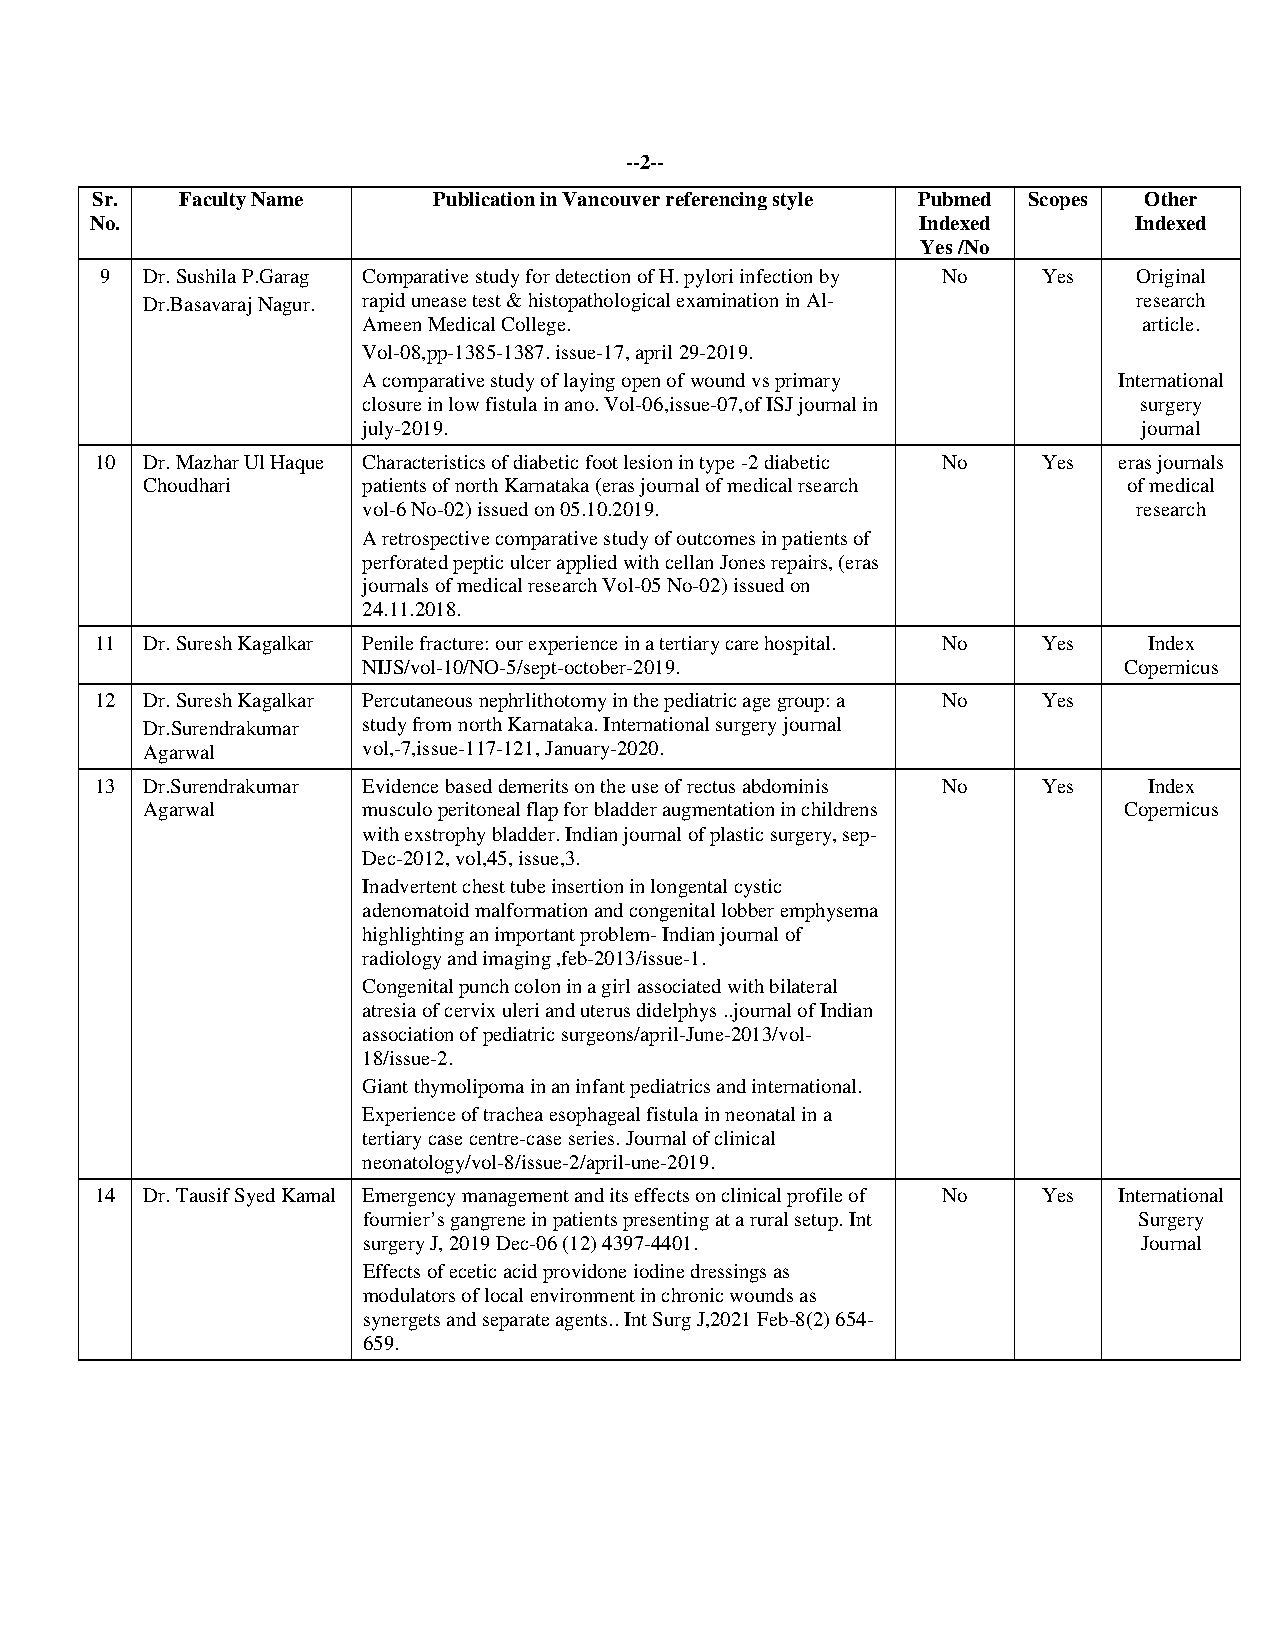
--2--
 Sr.   Faculty Name     Publication in Vancouver referencing style Pubmed Scopes Other
 No.                                                    Indexed       Indexed
 Yes /No
 9 Dr. Sushila P.Garag Comparative study for detection of H. pylori infection by No Yes Original
 Dr.Basavaraj Nagur. rapid unease test & histopathological examination in Al- research
 Ameen Medical College.                              article.
 Vol-08,pp-1385-1387. issue-17, april 29-2019.
 A comparative study of laying open of wound vs primary International
 closure in low fistula in ano. Vol-06,issue-07,of ISJ journal in surgery
 july-2019.                                          journal
 10 Dr. Mazhar Ul Haque Characteristics of diabetic foot lesion in type -2 diabetic No Yes eras journals
 Choudhari      patients of north Karnataka (eras journal of medical rsearch of medical
 vol-6 No-02) issued on 05.10.2019.                 research
 A retrospective comparative study of outcomes in patients of
 perforated peptic ulcer applied with cellan Jones repairs, (eras
 journals of medical research Vol-05 No-02) issued on
 24.11.2018.
 11 Dr. Suresh Kagalkar Penile fracture: our experience in a tertiary care hospital. No Yes Index
 NIJS/vol-10/NO-5/sept-october-2019.               Copernicus
 12 Dr. Suresh Kagalkar Percutaneous nephrlithotomy in the pediatric age group: a No Yes
 Dr.Surendrakumar study from north Karnataka. International surgery journal
 Agarwal        vol,-7,issue-117-121, January-2020.
 13 Dr.Surendrakumar Evidence based demerits on the use of rectus abdominis No Yes Index
 Agarwal        musculo peritoneal flap for bladder augmentation in childrens Copernicus
 with exstrophy bladder. Indian journal of plastic surgery, sep-
 Dec-2012, vol,45, issue,3.
 Inadvertent chest tube insertion in longental cystic
 adenomatoid malformation and congenital lobber emphysema
 highlighting an important problem- Indian journal of
 radiology and imaging ,feb-2013/issue-1.
 Congenital punch colon in a girl associated with bilateral
 atresia of cervix uleri and uterus didelphys ..journal of Indian
 association of pediatric surgeons/april-June-2013/vol-
 18/issue-2.
 Giant thymolipoma in an infant pediatrics and international.
 Experience of trachea esophageal fistula in neonatal in a
 tertiary case centre-case series. Journal of clinical
 neonatology/vol-8/issue-2/april-une-2019.
 14 Dr. Tausif Syed Kamal Emergency management and its effects on clinical profile of No Yes International
 fournier’s gangrene in patients presenting at a rural setup. Int Surgery
 surgery J, 2019 Dec-06 (12) 4397-4401.              Journal
 Effects of ecetic acid providone iodine dressings as
 modulators of local environment in chronic wounds as
 synergets and separate agents.. Int Surg J,2021 Feb-8(2) 654-
 659.